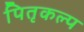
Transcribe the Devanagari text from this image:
पितृकल्प